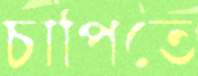
চাপিতে